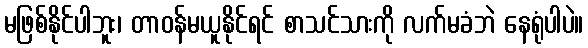
မဖြစ်နိုင်ပါဘူး၊ တာဝန်မယူနိုင်ရင် စာသင်သားကို လက်မခံဘဲ နေရုံပါပဲ။